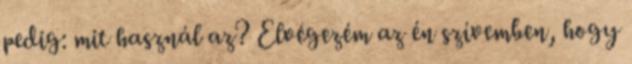
pedig: mit használ az? Elvégezém az én szívemben, hogy